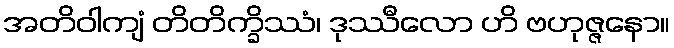
အတိဝါကျံ တိတိက္ခိဿံ၊ ဒုဿီလော ဟိ ဗဟုဇ္ဇနော။